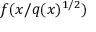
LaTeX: f ( x / q ( x ) ^ { 1 / 2 } )